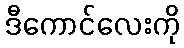
ဒီကောင်လေးကို